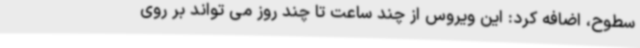
سطوح، اضافه کرد: این ویروس از چند ساعت تا چند روز می تواند بر روی